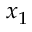
x _ { 1 }